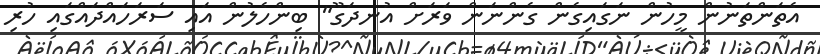
އެތަންތަނުން މީހުން ނަގައިގެން ގެންނަން ވަރަށް އުނދަގޫ" ބިންހެލުން އައި ސަރަހައްދައްގައި ހުރި